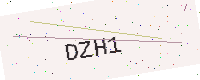
Text: DZH1